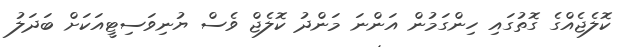
ކޮލެޖެއްގެ ގޮތުގައި ހިންގަމުން އަންނަ މަންދު ކޮލެޖް ވެސް ޔުނިވަސިޓީއަކަށް ބަދަލު